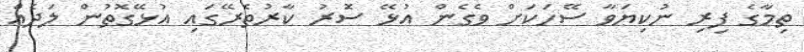
ތިމާގެ ފިރި ނުކިޔަވާ ސޭހަކަށް ވެގެން އުޅޭ ސޮަރު ކާރުތެރޭގައި އުޅޭގޮތުން ލަދެއް